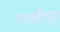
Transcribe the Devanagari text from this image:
लखीपूर